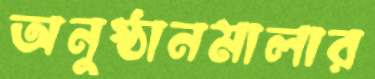
অনুষ্ঠানমালার